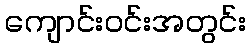
ကျောင်းဝင်းအတွင်း